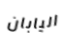
اليابان